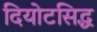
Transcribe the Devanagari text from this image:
दियोटसिद्ध